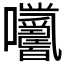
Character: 𡆓